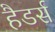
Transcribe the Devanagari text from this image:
हैडर्स